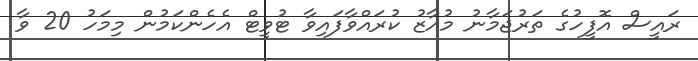
ރައީސް އޮފީހުގެ ތަރުޖަމާނު މުއާޒު ކުރައްވާފައިވާ ޓުވީޓް އެހެންކަމުން މިމަހު 20 ވާ